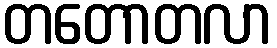
တတောတလာ